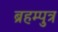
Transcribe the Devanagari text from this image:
ब्रहम्पुत्र